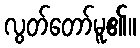
လွတ်တော်မူ၏။